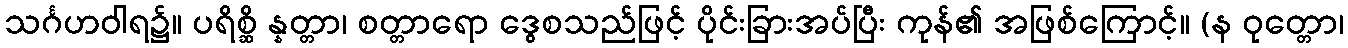
သင်္ဂဟဝါရ၌။ ပရိစ္ဆိ န္နတ္တာ၊ စတ္တာရော ဒွေစသည်ဖြင့် ပိုင်းခြားအပ်ပြီး ကုန်၏ အဖြစ်ကြောင့်။ (န ဝုတ္တော၊